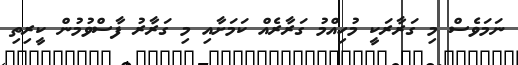
ނަމަވެސް މި ގަރާރަކީ މުހިއްމު ގަރާރެއް ކަމަށާއި މި ގަރާރު ފާސްވުމުން ކީރިތި